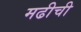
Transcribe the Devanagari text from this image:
मढीची